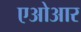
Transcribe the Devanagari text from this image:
एओआर